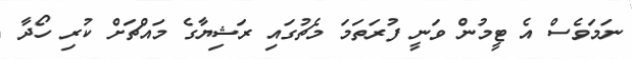
ނަމަވެސް އެ ޓީމުން ވަނީ ފުރަތަމަ މެޗުގައި ރަޝިޔާގެ މައްޗަށް ކުރި ހޯދާ